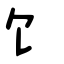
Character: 饣